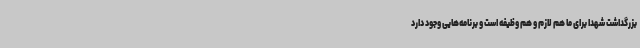
بزرگداشت شهدا برای ما هم لازم و هم وظیفه است و برنامه‌هایی وجود دارد